Vaccination United Provinces of Agra and Oudh 1923-1928 - 1923-1928
Year: 1923
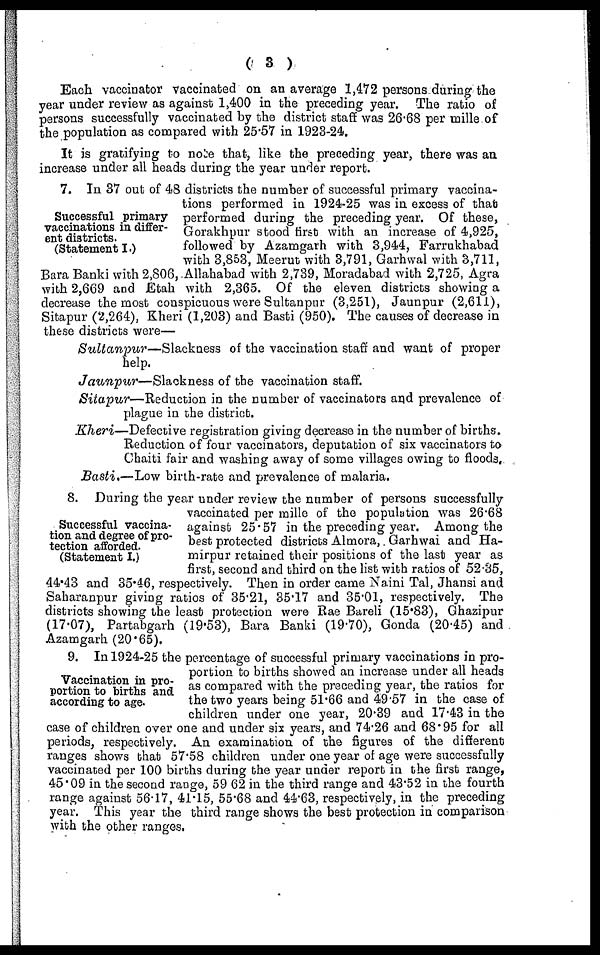
( 3 )
Each vaccinator vaccinated on an average 1,472 persons during the
year under review as against 1,400 in the preceding year. The ratio of
persons successfully vaccinated by the district staff was 26.68 per mille of
the population as compared with 25.57 in 1923-24.
It is gratifying to note that, like the preceding year, there was an
increase under all heads during the year under report.
Successful primary
vaccinations in differ-
ent districts.
(Statement I.)
7. In 37 out of 48 districts the number of successful primary vaccina-
tions performed in 1924-25 was in excess of that
performed during the preceding year. Of these,
Gorakhpur stood first with an increase of 4,925,
followed by Azamgarh with 3,944, Farrukhabad
with 3,853, Meerut with 3,791, Garhwal with 3,711,
Bara Banki with 2,806, Allahabad with 2,739, Moradabad with 2,725, Agra
with 2,669 and Etah with 2,365. Of the eleven districts showing a
decrease the most conspicuous were Sultanpur (3,251), Jaunpur (2,611),
Sitapur (2,264), Kheri (1,203) and Basti (950). The causes of decrease in
these districts were—
Sultanpur—Slackness
of the vaccination staff and want of proper
help.
Jaunpur—Slackness
of the vaccination staff.
Sitapur—Reduction
in the number of vaccinators and prevalence of
plague in the district.
Kheri—Defective registration giving decrease in the number of births.
Reduction of four vaccinators, deputation of six vaccinators to
Chaiti fair and washing away of some villages owing to floods,
Basti.—Low birth-rate and prevalence of malaria.
Successful vaccina-
tion and degree of pro-
tection afforded.
(Statement I.)
8. During the year under review the number of persons successfully
vaccinated per mille of the population was 26.68
against 25.57 in the preceding year. Among the
best protected districts Almora, Garhwal and Ha¬
mirpur retained their positions of the last year as
first, second and third on the list with ratios of 52.35,
44.43 and 35.46, respectively. Then in order came Naini Tal, Jhansi and
Saharanpur giving ratios of 35.21, 35.17 and 35.01, respectively. The
districts showing the least protection were Rae Bareli (15.83), Ghazipur
(17.07), Partabgarh (19.53), Bara Banki (19.70), Gonda (20.45) and
Azamgarh (20.65).
Vaccination in pro-
portion to births and
according to age.
9. In 1924-25 the percentage of successful primary vaccinations in pro-
portion to births showed an increase under all heads
as compared with the preceding year, the ratios for
the two years being 51.66 and 49.57 in the case of
children under one year, 20.39 and 17.43 in the
case of children over one and under six years, and 74.26 and 68.95 for all
periods, respectively. An examination of the figures of the different
ranges shows that 57.58 children under one year of age were successfully
vaccinated per 100 births during the year under report in the first range,
45.09 in the second range, 59.62 in the third range and 43.52 in the fourth
range against 56.17, 41.15, 55.68 and 44.63, respectively, in the preceding
year. This year the third range shows the best protection in comparison
with the other ranges.